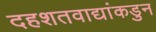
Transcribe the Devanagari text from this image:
दहशतवाद्यांकडुन